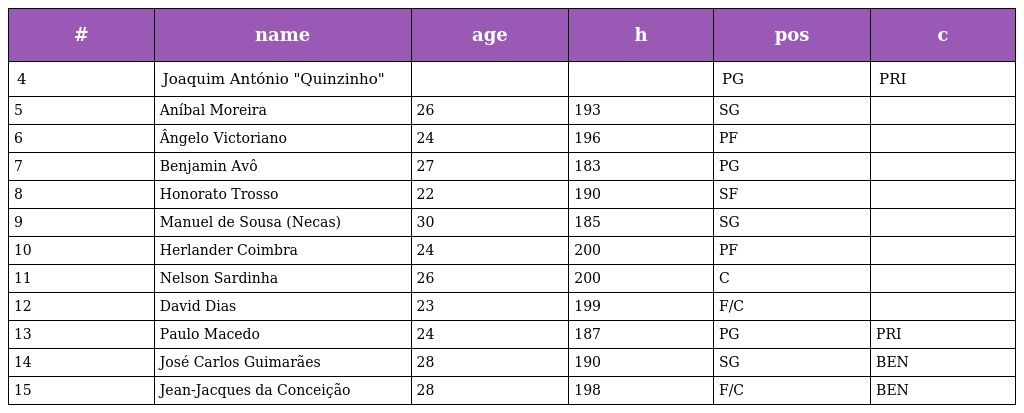
| # | name | age | h | pos | c |
 | --- | --- | --- | --- | --- | --- |
 | 4 | Joaquim António "Quinzinho" |  |  | PG | PRI |
 | 5 | Aníbal Moreira | 26 | 193 | SG |  |
 | 6 | Ângelo Victoriano | 24 | 196 | PF |  |
 | 7 | Benjamin Avô | 27 | 183 | PG |  |
 | 8 | Honorato Trosso | 22 | 190 | SF |  |
 | 9 | Manuel de Sousa (Necas) | 30 | 185 | SG |  |
 | 10 | Herlander Coimbra | 24 | 200 | PF |  |
 | 11 | Nelson Sardinha | 26 | 200 | C |  |
 | 12 | David Dias | 23 | 199 | F/C |  |
 | 13 | Paulo Macedo | 24 | 187 | PG | PRI |
 | 14 | José Carlos Guimarães | 28 | 190 | SG | BEN |
 | 15 | Jean-Jacques da Conceição | 28 | 198 | F/C | BEN |